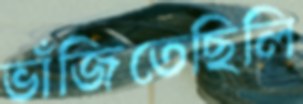
ভাঁজিতেছিলি